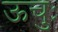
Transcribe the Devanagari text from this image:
ऊचुः